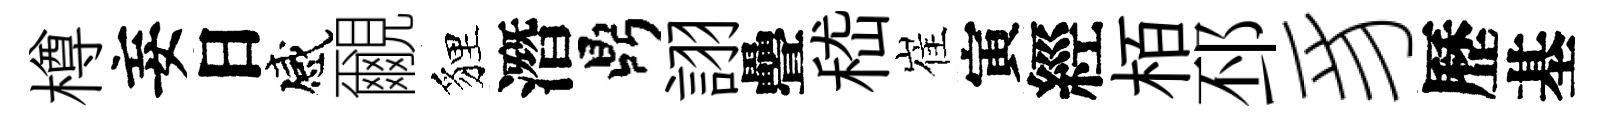
樽妄日感覼貍潛鼎詡疊嵇崔寅經栢邳豸歷基